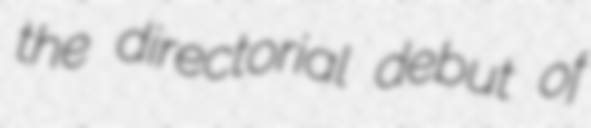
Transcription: the directorial debut of